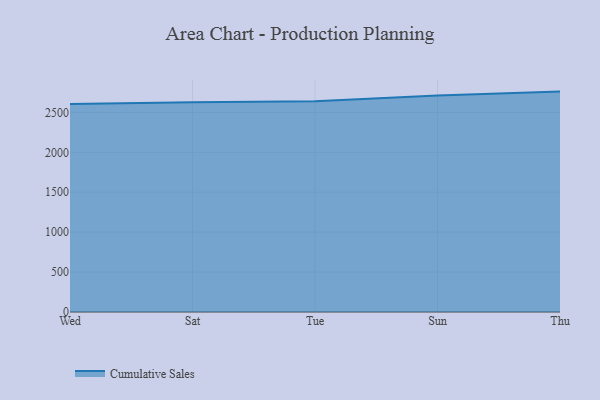
{"axis": {"x": "Day", "y": "Headcount"}, "legend": ["Cumulative Sales"], "data": [{"x": "Wed", "y": 2604.8, "type": "Cumulative Sales"}, {"x": "Sat", "y": 2629.3, "type": "Cumulative Sales"}, {"x": "Tue", "y": 2639.9, "type": "Cumulative Sales"}, {"x": "Sun", "y": 2711.7, "type": "Cumulative Sales"}, {"x": "Thu", "y": 2761.4, "type": "Cumulative Sales"}]}